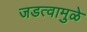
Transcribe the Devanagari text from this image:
जडत्वामुळे